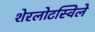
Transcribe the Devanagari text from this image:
शेरलोटस्विले